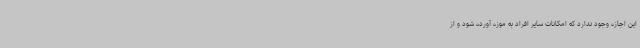
این اجازه وجود ندارد که امکانات سایر افراد به موزه آورده شود و از